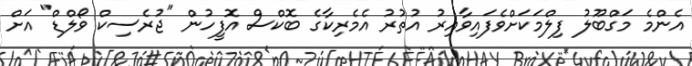
އެންމެ މަގްބޫލު ފިލްމަކަށްވެފައިވާއިރު އުތުރު އެމެރިކާގެ ބޮކްސް އޮފީހުން "ޖުރެސިކް ވޯލްޑް" އަށް